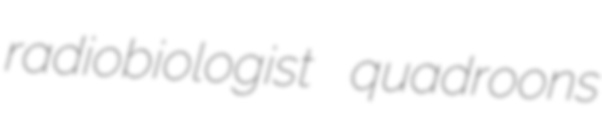
radiobiologist quadroons